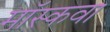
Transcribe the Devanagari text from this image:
मॉस्कवा